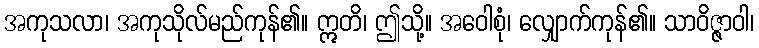
အကုသလာ၊ အကုသိုလ်မည်ကုန်၏။ ဣတိ၊ ဤသို့။ အဝေါစုံ၊ လျှောက်ကုန်၏။ သာဝိဇ္ဇာဝါ၊